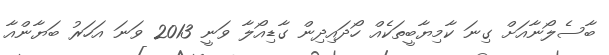
ބާސެލޯނާއަށް ގިނަ ކާމިޔާބީތަކެއް ހޯދައިދިން ގާޑިއޯލާ ވަނީ 2013 ވަނަ އަހަރު ބަޔާންއާ